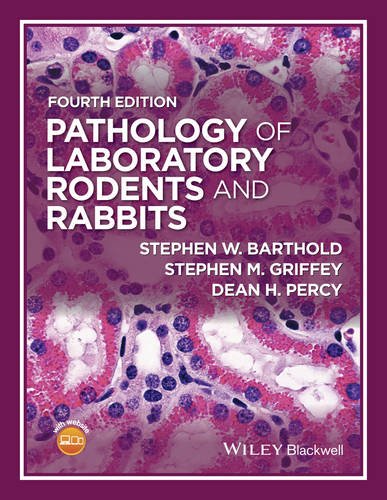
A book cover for Pathology of Laboratory Rodents and Rabbits; Stephen W. Barthold; Medical Books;